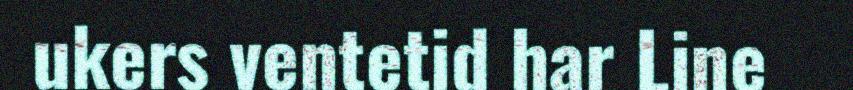
ukers ventetid har Line